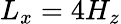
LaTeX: L_{x}=4H_{z}